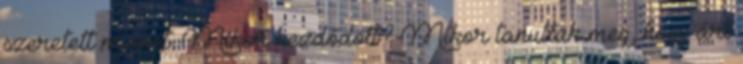
szeretett minket. Mikor kezdődött? Mikor tanultuk meg, hogy árt